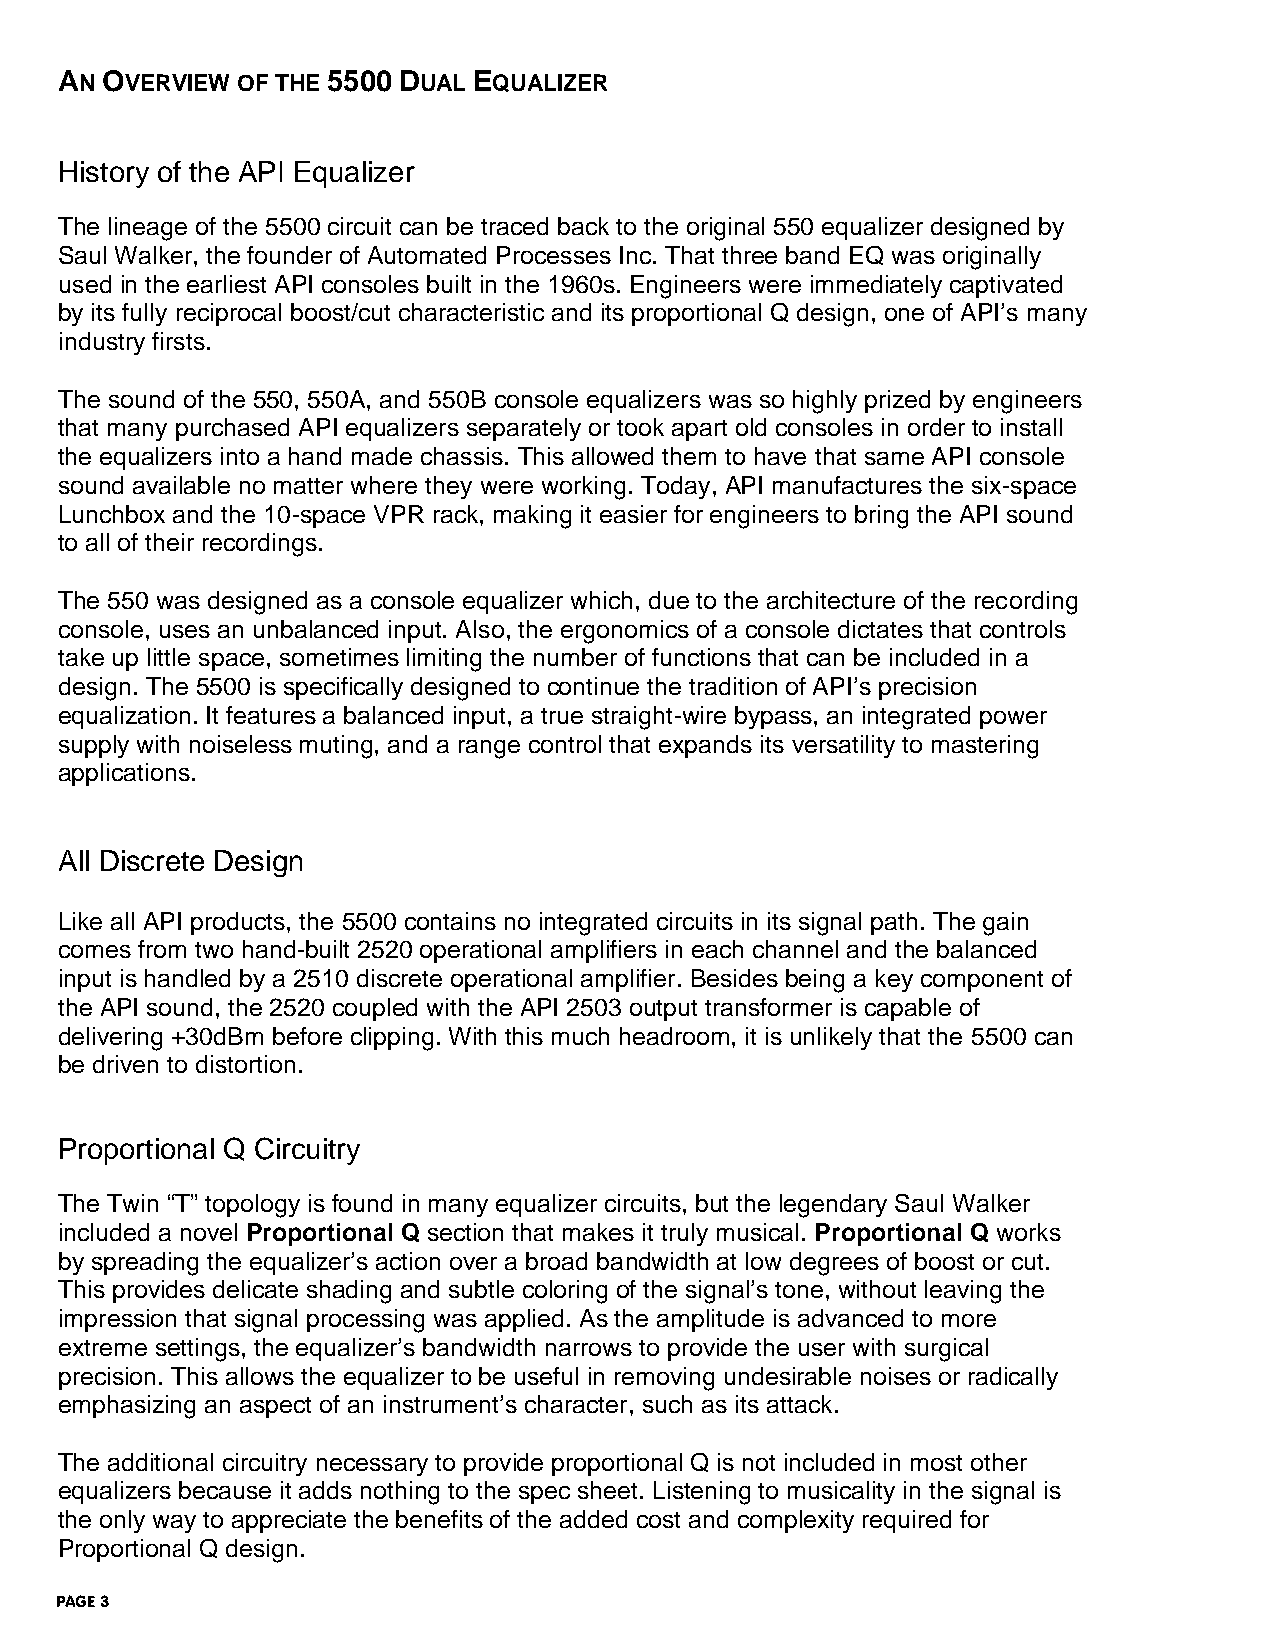
AN OVERVIEW OF THE 5500 DUAL EQUALIZER
 History of the API Equalizer
 The lineage of the 5500 circuit can be traced back to the original 550 equalizer designed by
 Saul Walker, the founder of Automated Processes Inc. That three band EQ was originally
 used in the earliest API consoles built in the 1960s. Engineers were immediately captivated
 by its fully reciprocal boost/cut characteristic and its proportional Q design, one of API’s many
 industry firsts.
 The sound of the 550, 550A, and 550B console equalizers was so highly prized by engineers
 that many purchased API equalizers separately or took apart old consoles in order to install
 the equalizers into a hand made chassis. This allowed them to have that same API console
 sound available no matter where they were working. Today, API manufactures the six-space
 Lunchbox and the 10-space VPR rack, making it easier for engineers to bring the API sound
 to all of their recordings.
 The 550 was designed as a console equalizer which, due to the architecture of the recording
 console, uses an unbalanced input. Also, the ergonomics of a console dictates that controls
 take up little space, sometimes limiting the number of functions that can be included in a
 design. The 5500 is specifically designed to continue the tradition of API’s precision
 equalization. It features a balanced input, a true straight-wire bypass, an integrated power
 supply with noiseless muting, and a range control that expands its versatility to mastering
 applications.
 All Discrete Design
 Like all API products, the 5500 contains no integrated circuits in its signal path. The gain
 comes from two hand-built 2520 operational amplifiers in each channel and the balanced
 input is handled by a 2510 discrete operational amplifier. Besides being a key component of
 the API sound, the 2520 coupled with the API 2503 output transformer is capable of
 delivering +30dBm before clipping. With this much headroom, it is unlikely that the 5500 can
 be driven to distortion.
 Proportional Q Circuitry
 The Twin “T” topology is found in many equalizer circuits, but the legendary Saul Walker
 included a novel Proportional Q section that makes it truly musical. Proportional Q works
 by spreading the equalizer’s action over a broad bandwidth at low degrees of boost or cut.
 This provides delicate shading and subtle coloring of the signal’s tone, without leaving the
 impression that signal processing was applied. As the amplitude is advanced to more
 extreme settings, the equalizer’s bandwidth narrows to provide the user with surgical
 precision. This allows the equalizer to be useful in removing undesirable noises or radically
 emphasizing an aspect of an instrument’s character, such as its attack.
 The additional circuitry necessary to provide proportional Q is not included in most other
 equalizers because it adds nothing to the spec sheet. Listening to musicality in the signal is
 the only way to appreciate the benefits of the added cost and complexity required for
 Proportional Q design.
 PAGE 3